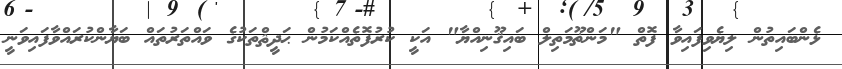
ޅެންބައިތުން ލިޔެވިފައިވާ ފޮތް "މަންޡޫމަތިލް ބައިޤޫނިއްޔާ" އަކީ ކުރުފޮތެއްކަމުން ޙަދީޘްތަކުގެ ވައްތަރުތައް ބަޔާންކުރައްވާފައިވަނީ